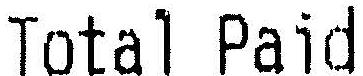
TOTAL PAID